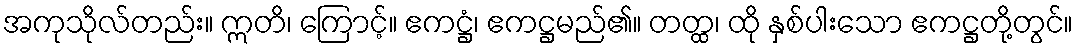
အကုသိုလ်တည်း။ ဣတိ၊ ကြောင့်။ ဧကဋ္ဌံ၊ ဧကဋ္ဌမည်၏။ တတ္ထ၊ ထို နှစ်ပါးသော ဧကဋ္ဌတို့တွင်။